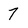
Character: 7